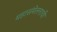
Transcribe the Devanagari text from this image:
महासंमेलनाची